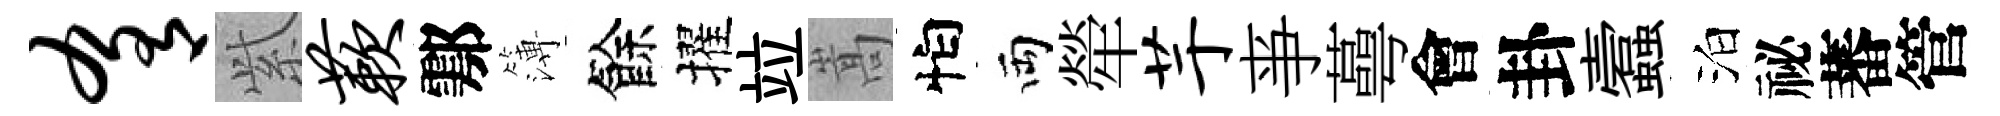
肴𬗋蔌鄠簿餘擢竝嵩怕両犖芋亊蕚會卦蠧泊祕蕃管